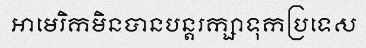
អាមេរិកមិនបានបន្តរក្សាទុកប្រទេស